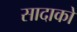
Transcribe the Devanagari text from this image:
सादाको